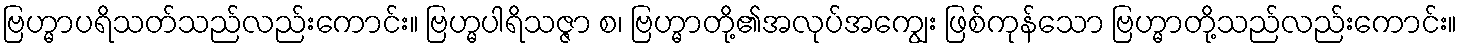
ဗြဟ္မာပရိသတ်သည်လည်းကောင်း။ ဗြဟ္မပါရိသဇ္ဇာ စ၊ ဗြဟ္မာတို့၏အလုပ်အကျွေး ဖြစ်ကုန်သော ဗြဟ္မာတို့သည်လည်းကောင်း။